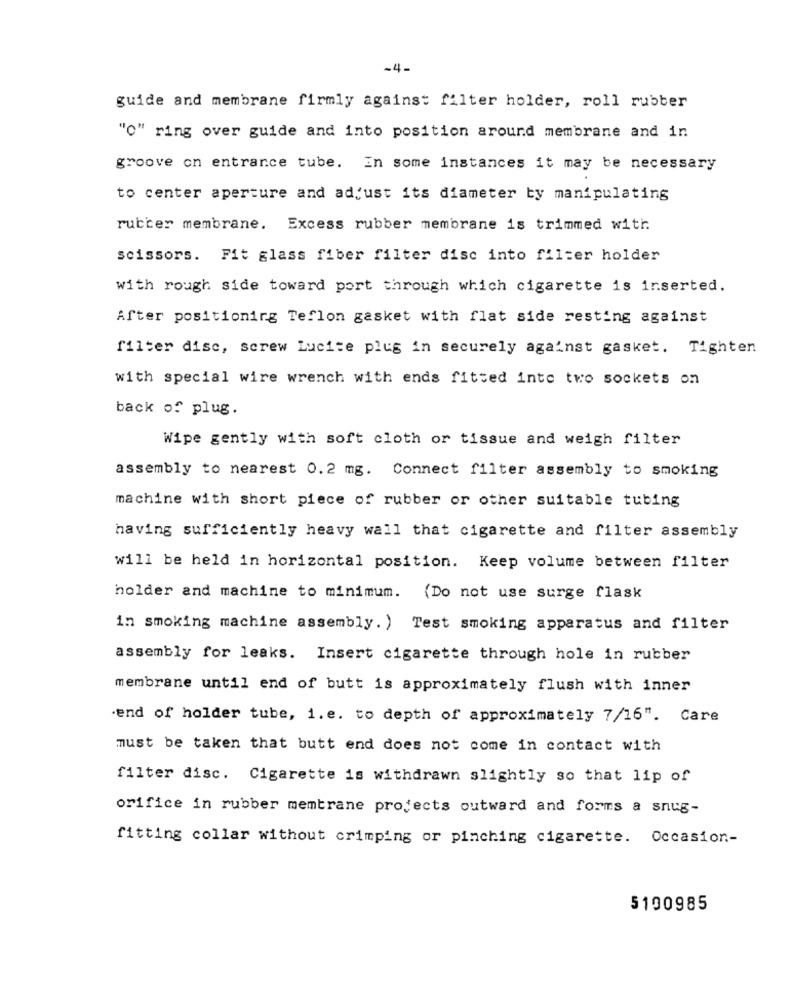
-4-
guide and membrane firmly against filter holder, roll rubber
"C" ring over guide and into position around membrane and in
groove on entrance tube. In some instances it may be necessary
to center aperture and adjust its diameter by manipulating
rubber membrane. Excess rubber membrane is trimmed with
scissors. Fit glass fiber filter disc into filter holder
with rough side toward port through which cigarette is inserted.
After positioning Teflon gasket with flat side resting against
filter disc, screw Lucite plug in securely against gasket. Tighten
with special wire wrench with ends fitted inte two sockets on
back of plug.
Wipe gently with soft cloth or tissue and weigh filter
assembly to nearest 0.2 mg. Connect filter assembly to smoking
machine with short piece of rubber or other suitable tubing
having sufficiently heavy wall that cigarette and filter assembly
will be held in horizontal position. Keep volume between filter
holder and machine to minimum. (Do not use surge flask
in smoking machine assembly. ) Test smoking apparatus and filter
assembly for leaks. Insert cigarette through hole in rubber
membrane until end of butt is approximately flush with inner
.end of holder tube, i.e. to depth of approximately 7/16". Care
must be taken that butt end does not come in contact with
filter disc. Cigarette is withdrawn slightly so that lip of
orifice in rubber membrane projects outward and forms a snug-
fitting collar without crimping or pinching cigarette. Occasion-
5190985